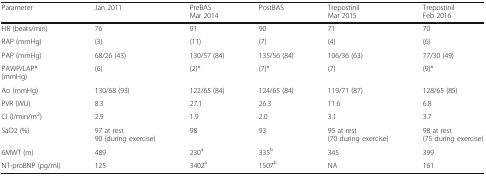
<table><thead><tr><td><b>Parameter</b></td><td><b>Jan 2011</b></td><td><b>PreBASMar 2014</b></td><td><b>PostBAS</b></td><td><b>TrepostinilMar 2015</b></td><td><b>TrepostinilFeb 2016</b></td></tr></thead><tbody><tr><td>HR (beats/min)</td><td>76</td><td>91</td><td>90</td><td>71</td><td>70</td></tr><tr><td>RAP (mmHg)</td><td>(3)</td><td>(11)</td><td>(7)</td><td>(4)</td><td>(6)</td></tr><tr><td>PAP (mmHg)</td><td>68/26 (43)</td><td>130/57 (84)</td><td>135/56 (84)</td><td>106/36 (63)</td><td>77/30 (49)</td></tr><tr><td>PAWP/LAP*(mmHg)</td><td>(6)</td><td>(2)*</td><td>(7)*</td><td>(7)</td><td>(9)*</td></tr><tr><td>Ao (mmHg)</td><td>130/68 (93)</td><td>122/65 (84)</td><td>124/65 (84)</td><td>119/71 (87)</td><td>128/65 (85)</td></tr><tr><td>PVR (WU)</td><td>8.3</td><td>27.1</td><td>26.3</td><td>11.6</td><td>6.8</td></tr><tr><td>CI (l/min/m<sup>2</sup>)</td><td>2.9</td><td>1.9</td><td>2.0</td><td>3.1</td><td>3.7</td></tr><tr><td>SaO2 (%)</td><td>97 at rest90 (during exercise)</td><td>98</td><td>93</td><td>95 at rest(70 during exercise)</td><td>98 at rest(75 during exercise)</td></tr><tr><td>6MWT (m)</td><td>489</td><td>230<sup>a</sup></td><td>335<sup>b</sup></td><td>345</td><td>399</td></tr><tr><td>NT-proBNP (pg/ml)</td><td>125</td><td>3402<sup>a</sup></td><td>1507<sup>b</sup></td><td>NA</td><td>161</td></tr></tbody></table>